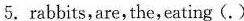
5. rabbits,are,the,eating (.)